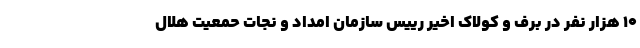
۱۰ هزار نفر در برف و کولاک اخیر رییس سازمان امداد و نجات حمعیت هلال